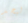
ليجد